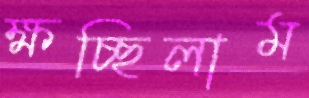
ক্ষচ্ছিলাম